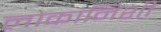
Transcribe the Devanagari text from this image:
लोकांनिशी